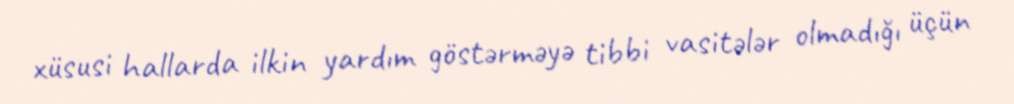
xüsusi hallarda ilkin yardım göstərməyə tibbi vasitələr olmadığı üçün